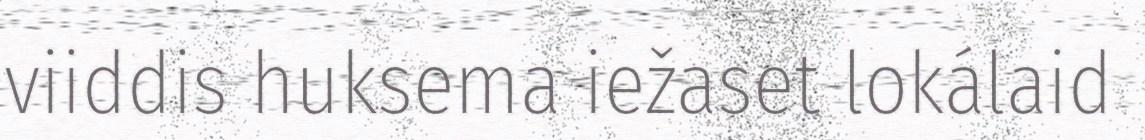
viiddis huksema iežaset lokálaid